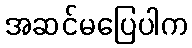
အဆင်မပြေပါက